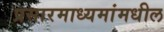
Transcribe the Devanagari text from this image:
प्रसारमाध्‍यमांमधील